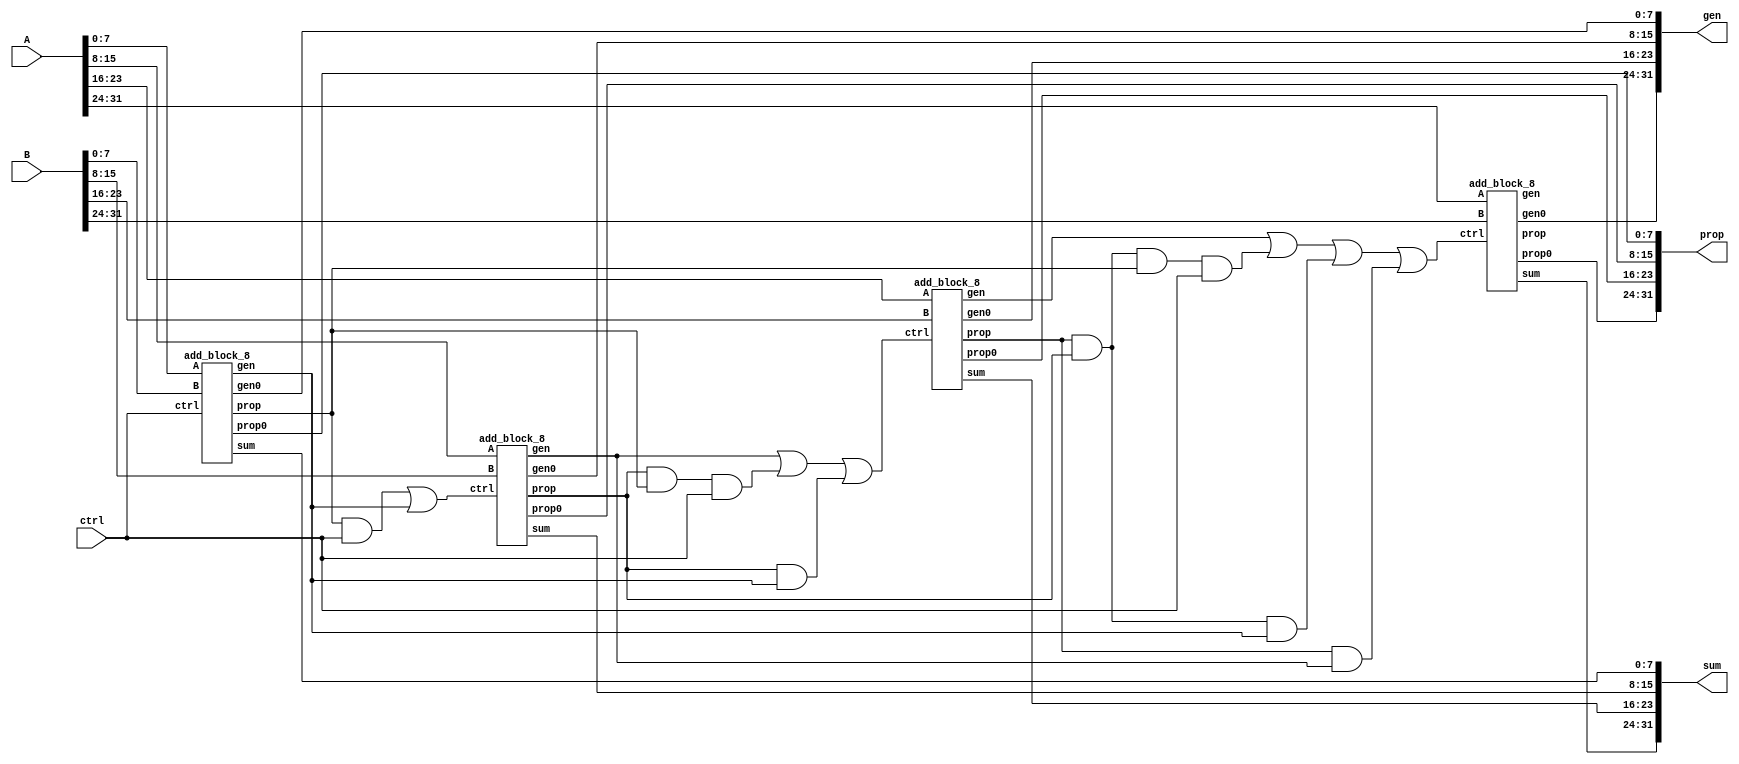
module add_op(A, B, ctrl, prop, gen, sum);
	input [31:0] A, B;
	input ctrl;
	
	output [31:0] prop, gen, sum;

	// TODO here -> Let me go make some intermediary things uwu
	// Okay we back after making our block/full adder
	wire [3:0] block_carry, block_gen, block_prop;
	assign block_carry[0] = ctrl;

	genvar i;
	generate
		for (i = 0; i < 4; i = i + 1)
		begin
			add_block_8 add1(.A(A[i*8+7:i*8]), .B(B[i*8+7:i*8]), .ctrl(block_carry[i]), .sum(sum[i*8+7:i*8]), .prop(block_prop[i]), .gen(block_gen[i]), .prop0(prop[i*8+7:i*8]), .gen0(gen[i*8+7:i*8]));
		end
	endgenerate

	// It's Britney b***h
	// all eyes on us
	wire w1;
	and and1(w1, block_prop[0], block_carry[0]);
	or or1(block_carry[1], w1, block_gen[0]);

	// scream and shout
	wire w2, w3;
	and and2(w2, block_prop[1], block_prop[0], block_carry[0]);
	and and3(w3, block_prop[1], block_gen[0]);
	or or2(block_carry[2], block_gen[1], w2, w3);

	// turn the sh*t up
	wire w4, w5, w6;
	and and4(w4, block_prop[2], block_prop[1], block_prop[0], block_carry[0]);
	and and5(w5, block_prop[2], block_prop[1], block_gen[0]);
	and and6(w6, block_prop[2], block_gen[1]);
	or or3(block_carry[3], block_gen[2], w4, w5, w6);

endmodule 

module add_block_8(A, B, ctrl, prop0, gen0, prop, gen, sum);
	input [7:0] A, B;
	input ctrl;
	output [7:0] prop0, gen0, sum;
	output prop, gen;

	wire [7:0] carry;

	assign carry[0] = ctrl;

	// genvar time uwu
	genvar i;
	generate
		for (i = 0; i < 8; i = i + 1)
		begin
			full_adder add1(.A(A[i]), .B(B[i]), .Cin(carry[i]), .prop(prop0[i]), .gen(gen0[i]), .S(sum[i]));
		end
	endgenerate

	// time to do the rest of the carry's
	// I am cool -> Hyuna is a queen period ><

	// carry 1 ;)
	wire w1;
	and and1(w1, prop0[0], carry[0]);
	or or1(carry[1], w1, gen0[0]);

	// carry 2 ;))
	wire w2, w3;
	and and2(w2, prop0[0], prop0[1], carry[0]);
	and and3(w3, prop0[1], gen0[0]);
	or or2(carry[2], gen0[1], w2, w3);

	// carry 3 ;)))
	wire w4, w5, w6;
	and and4(w4, carry[0], prop0[0], prop0[1], prop0[2]);
	and and5(w5, prop0[2], prop0[1], gen0[0]);
	and and6(w6, prop0[2], gen0[1]);
	or or3(carry[3], w4, w5, w6, gen0[2]);

	// carry 4 ;))))
	wire w7, w8, w9, w10;
	and and7(w7, prop0[3], prop0[2], prop0[1], prop0[0], carry[0]);
	and and8(w8, prop0[3], prop0[2], prop0[1], gen0[0]);
	and and9(w9, prop0[3], prop0[2], gen0[1]);
	and and10(w10, prop0[3], gen0[2]);
	or or4(carry[4], gen0[3], w7, w8, w9, w10);

	// carry 5 ;)))))
	wire w11, w12, w13, w14, w15;
	and and11(w11, prop0[4], prop0[3], prop0[2], prop0[1], prop0[0], carry[0]);
	and and12(w12, prop0[4], prop0[3], prop0[2], prop0[1], gen0[0]);
	and and13(w13, prop0[4], prop0[3], prop0[2], gen0[1]);
	and and14(w14, prop0[4], prop0[3], gen0[2]);
	and and15(w15, prop0[4], gen0[3]);
	or or5(carry[5], w11, w12, w13, w14, w15, gen0[4]);

	// carry 6 ;))))))
	wire w16, w17, w18, w19, w20, w21;
	and and16(w16, prop0[5], prop0[4], prop0[3], prop0[2], prop0[1], prop0[0], carry[0]);
	and and17(w17, prop0[5], prop0[4], prop0[3], prop0[2], prop0[1], gen0[0]);
	and and18(w18, prop0[5], prop0[4], prop0[3], prop0[2], gen0[1]);
	and and19(w19, prop0[5], prop0[4], prop0[3], gen0[2]);
	and and20(w20, prop0[5], prop0[4], gen0[3]);
	and and21(w21, prop0[5], gen0[4]);
	or or6(carry[6], w16, w17, w18, w19, w20, w21, gen0[5]);

	// carry 7 ;)))))))
	wire w22, w23, w24, w25, w26, w27, w28;
	and and22(w22, prop0[6], prop0[5], prop0[4], prop0[3], prop0[2], prop0[1], prop0[0], carry[0]);
	and and23(w23, prop0[6], prop0[5], prop0[4], prop0[3], prop0[2], prop0[1], gen0[0]);
	and and24(w24, prop0[6], prop0[5], prop0[4], prop0[3], prop0[2], gen0[1]);
	and and25(w25, prop0[6], prop0[5], prop0[4], prop0[3], gen0[2]);
	and and26(w26, prop0[6], prop0[5], prop0[4], gen0[3]);
	and and27(w27, prop0[6], prop0[5], gen0[4]);
	and and28(w28, prop0[6], gen0[5]);
	or or7(carry[7], w22, w23, w24, w25, w26, w27, w28, gen0[6]);

	// carry complete ><
	// Block time -> Still in love with J-U-D-A-S
	and and29(prop, prop0[7], prop0[6], prop0[5], prop0[4], prop0[3], prop0[2], prop0[1], prop0[0]);

	wire w29, w30, w31, w32, w33, w34, w35;
	and and30(w29, prop0[7], prop0[6], prop0[5], prop0[4], prop0[3], prop0[2], prop0[1], gen0[0]);
	and and31(w30, prop0[7], prop0[6], prop0[5], prop0[4], prop0[3], prop0[2], gen0[1]);
	and and32(w31, prop0[7], prop0[6], prop0[5], prop0[4], prop0[3], gen0[2]);
	and and33(w32, prop0[7], prop0[6], prop0[5], prop0[4], gen0[3]);
	and and34(w33, prop0[7], prop0[6], prop0[5], gen0[4]);
	and and35(w34, prop0[7], prop0[6], gen0[5]);
	and and36(w35, prop0[7], gen0[6]);
	or or8(gen, gen0[7], w29, w30, w31, w32, w33, w34, w35);
endmodule

// Full adder that we need [From one of the labs :)]
module full_adder(S, prop, gen, A, B, Cin);
	input A, B, Cin;
	output S, prop, gen;

	xor Sresults(S, A, B, Cin); 

	and A_and_B(gen, A, B);
	or A_or_B(prop, A, B);
endmodule